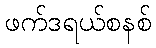
ဖက်ဒရယ်စနစ်